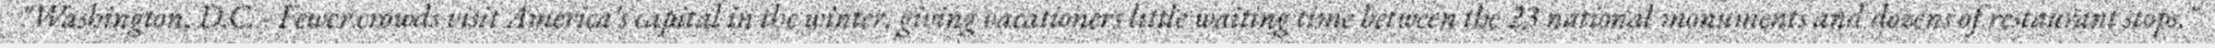
"Washington, D.C. - Fewer crowds visit America's capital in the winter, giving vacationers little waiting time between the 23 national monuments and dozens of restaurant stops."